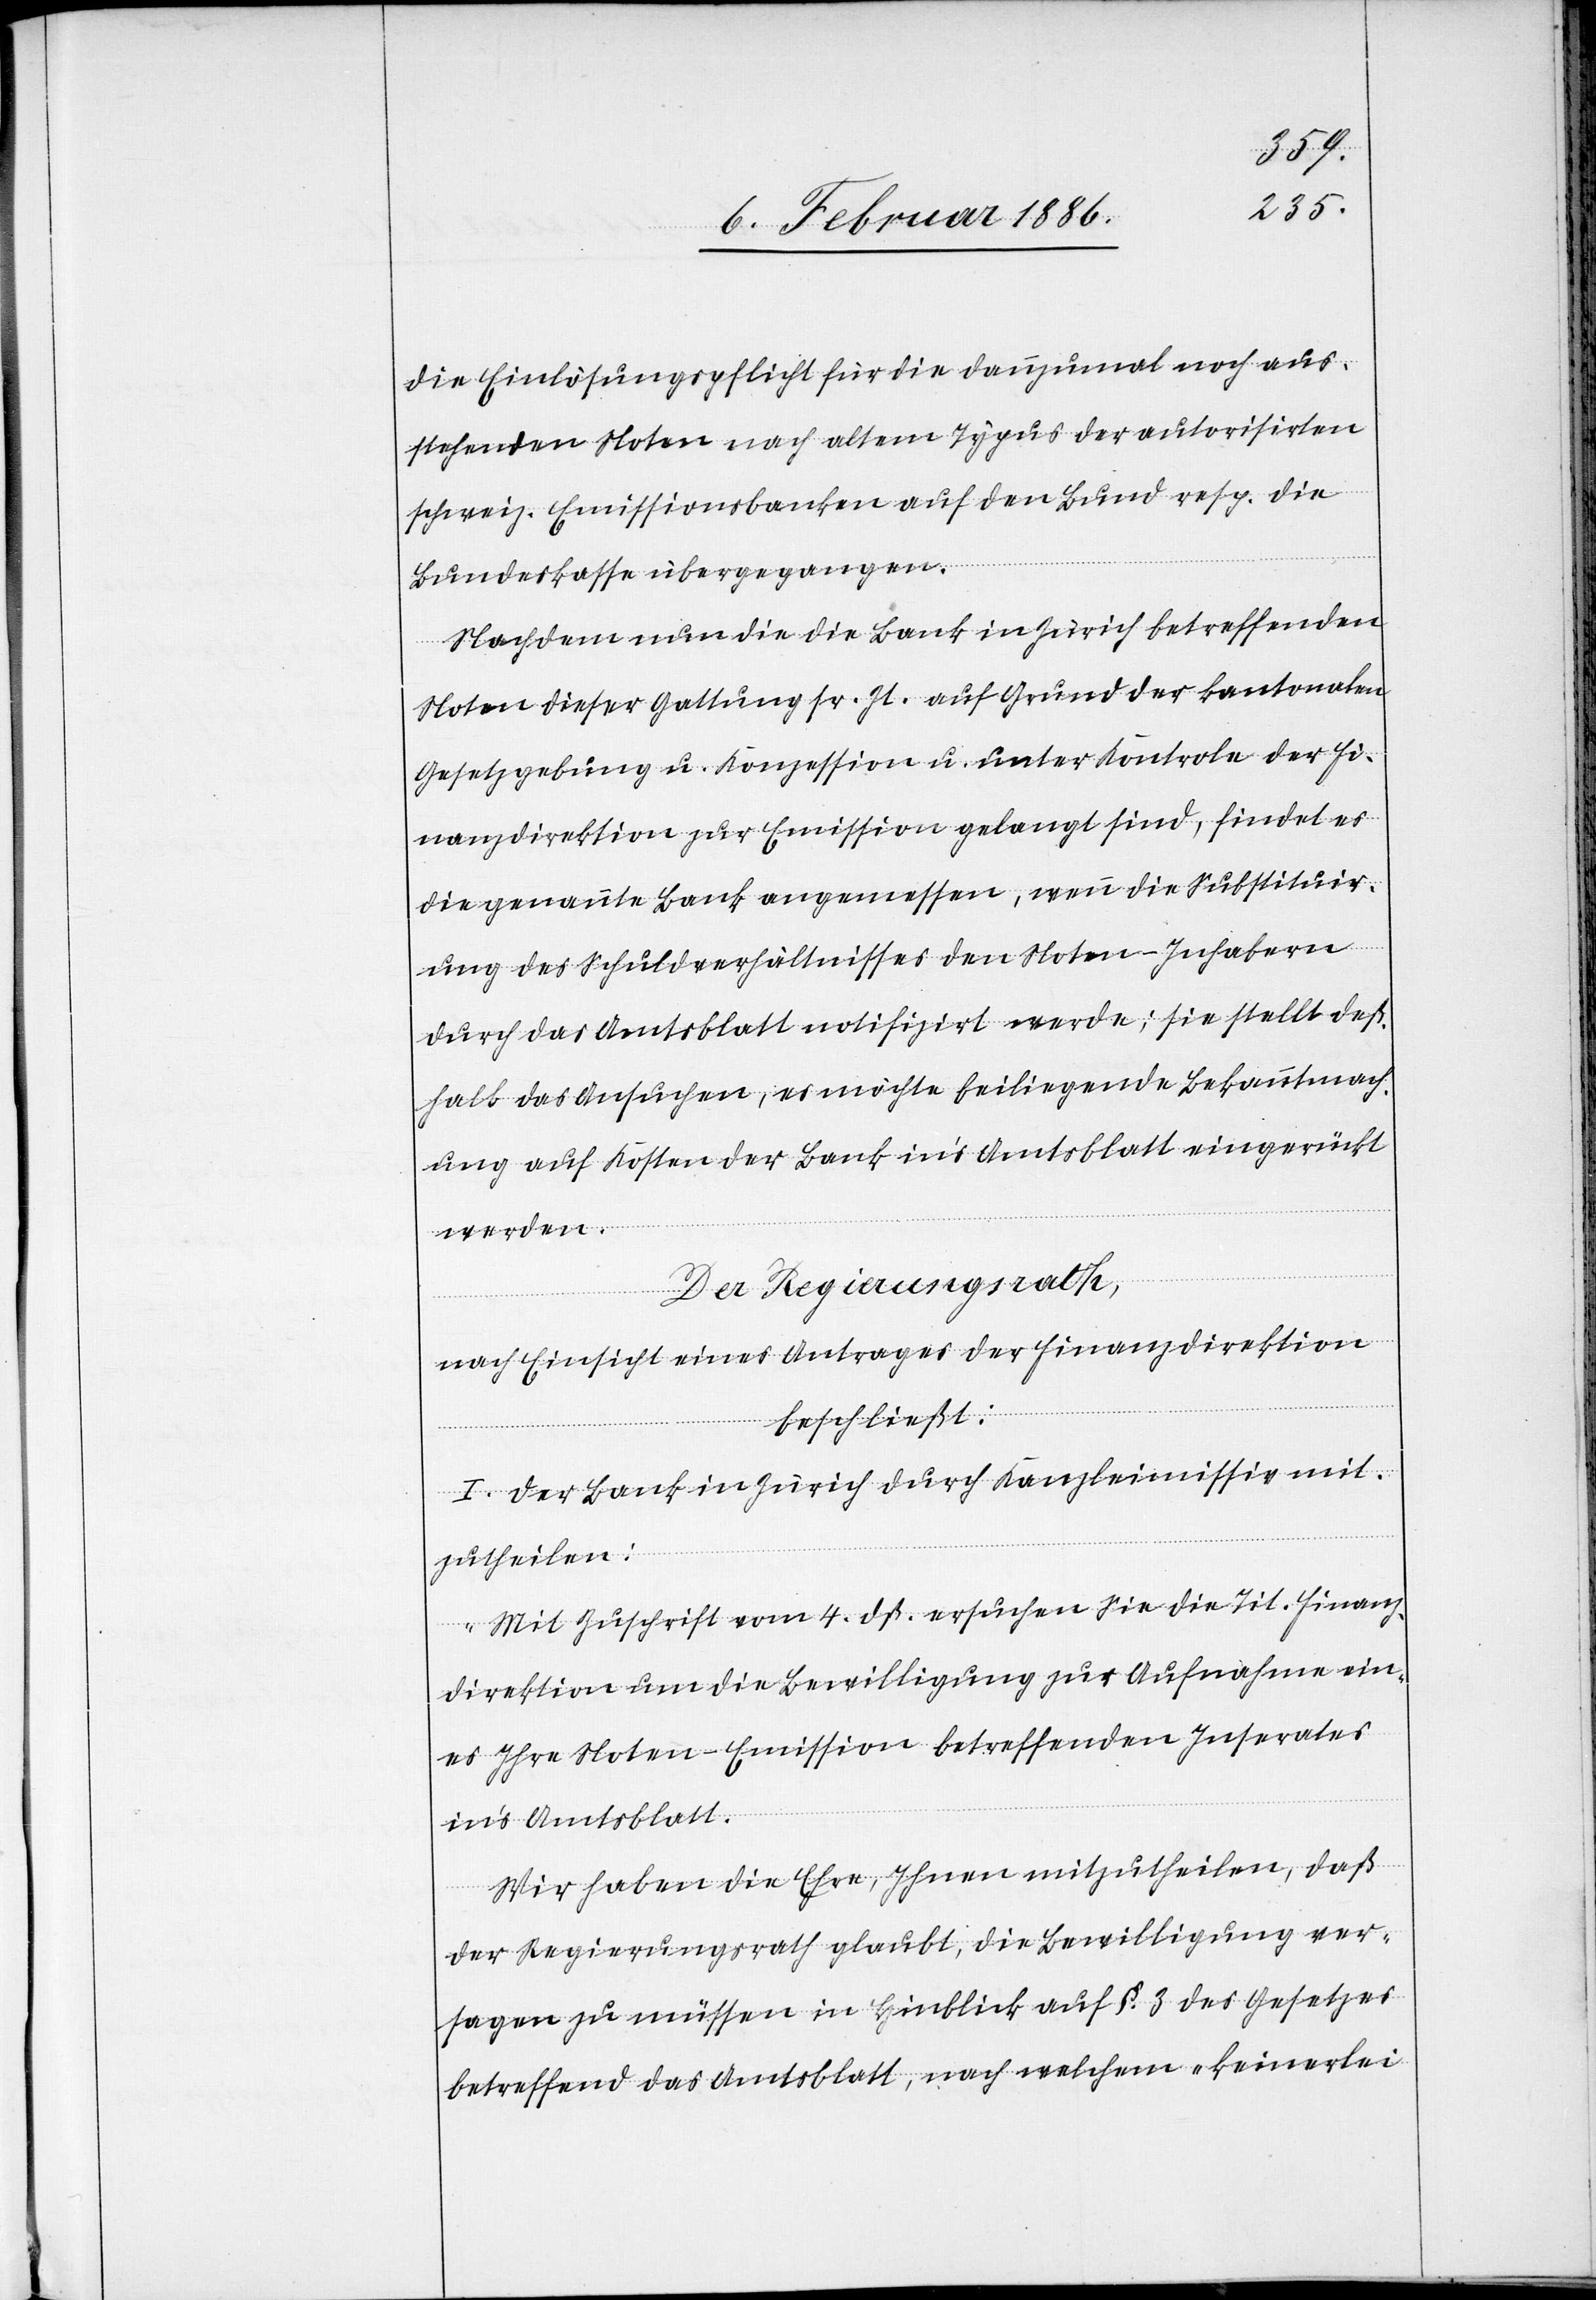
die Einlösungspflicht für die dannzumal noch aus¬
stehenden Noten nach altem Typus der autorisirten
schweiz. Emissionsbanken auf den Bund resp. die
Bundeskasse übergangen.
Nachdem nun die die Bank in Zürich betreffenden
Noten dieser Gattung sr. Zt. auf Grund der kantonalen
Gesetzgebung u. Konzession u. unter Kontrole der Fi¬
nanzdirektion zur Emission gelangt sind, findet es
die genannte Bank angemessen, wenn die Substituir¬
ung des Schuldverhältnisses den Noten-Inhabern
durch das Amtsblatt notifizirt werde; sie stellt deß¬
halb das Ansuchen, es möchte beiliegende Bekanntmach¬
ung auf Kosten der Bank in’s Amtsblatt eingeräumt
werden.
Der Regierungsrath,
nach Einsicht eines Antrages der Finanzdirektion
beschließt:
I. Der Bank in Zürich durch Kanzleimissiv mit¬
zutheilen:
„Mit Zuschrift vom 4. dß, ersuchen Sie die Tit. Finanz¬
direktion um die Bewilligung zur Aufnahme ein¬
es Ihre Noten-Emission betreffenden Inventares
in’s Amtsblatt.
Wir haben die Ehre, Ihnen mitzutheilen, daß
der Regierungsrath glaubt, die Bewilligung ver¬
sagen zu müssen in Hinblick auf §. 3 des Gesetzes
betreffend das Amtsblatt, nach welchem „keinerlei